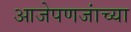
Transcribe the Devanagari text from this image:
आजेपणजांच्या